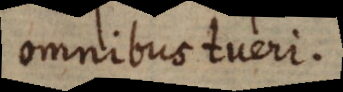
omnibus tueri.